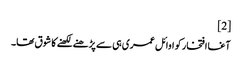
[2]
آغا افتخار کو اوائل عمری ہی سے پڑھنے لکھنے کا شوق تھا۔